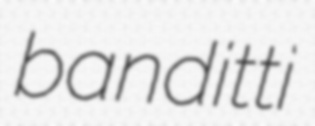
banditti